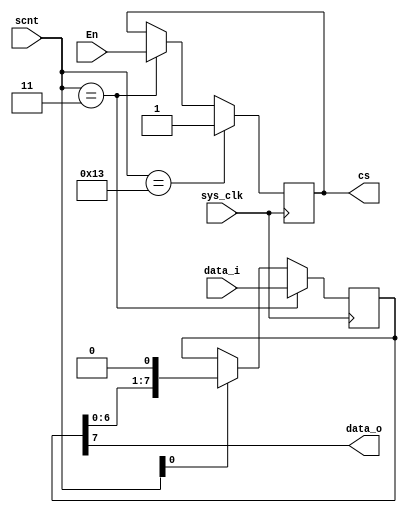
`timescale 1ns / 1ps
//////////////////////////////////////////////////////////////////////////////////
// Company: 
// Engineer: 
// 
// Design Name: 
// Module Name: SERIAL
// Project Name: 
// Target Devices: Arty S7
// Tool Versions: 
// Description: 8
// 
// Dependencies: 
// 
// Revision:
// Revision 1.0 - File Created
// Additional Comments:
// 
//////////////////////////////////////////////////////////////////////////////////


module SERIAL(
    input sys_clk,   // 
    input [4:0] scnt,      // 520
    input [7:0] data_i,     // 
    input En,               // 
    output data_o,  // 
    output reg cs   // 
    );
    
    initial cs <= 1;

    reg [7:0] data_tmp;   // 

    always @ (posedge sys_clk) begin
        if (scnt == 19)  // 
            cs <= 1;
        else if  (scnt == 3)   // 
            cs <= En;
    end

    always @ (posedge sys_clk) begin
        if (scnt == 3)
            data_tmp <= data_i;
        else if (scnt[0] == 1)
            data_tmp <= data_tmp << 1;
    end
    
    assign data_o = data_tmp[7];
   
endmodule